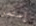
إستمر